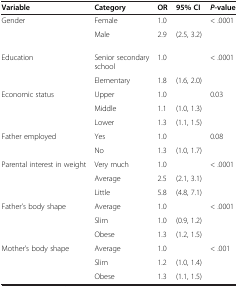
| Variable | Category | OR | 95% CI | P-value |
 | --- | --- | --- | --- | --- |
 | Gender | Female | 1.0 |  | < .0001 |
 |  | Male | 2.9 | (2.5, 3.2) |  |
 | Education | Senior secondary school | 1.0 |  | < .0001 |
 |  | Elementary | 1.8 | (1.6, 2.0) |  |
 | Economic status | Upper | 1.0 |  | 0.03 |
 |  | Middle | 1.1 | (1.0, 1.3) |  |
 |  | Lower | 1.3 | (1.1, 1.5) |  |
 | Father employed | Yes | 1.0 |  | 0.08 |
 |  | No | 1.3 | (1.0, 1.7) |  |
 | Parental interest in weight | Very much | 1.0 |  | < .0001 |
 |  | Average | 2.5 | (2.1, 3.1) |  |
 |  | Little | 5.8 | (4.8, 7.1) |  |
 | Father’s body shape | Average | 1.0 |  | < .0001 |
 |  | Slim | 1.0 | (0.9, 1.2) |  |
 |  | Obese | 1.3 | (1.2, 1.5) |  |
 | Mother’s body shape | Average | 1.0 |  | < .001 |
 |  | Slim | 1.2 | (1.0, 1.4) |  |
 |  | Obese | 1.3 | (1.1, 1.5) |  |